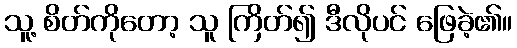
သူ့ စိတ်ကိုတော့ သူ ကြိတ်၍ ဒီလိုပင် ဖြေခဲ့၏။